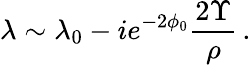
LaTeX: \lambda\sim\lambda_{0}-ie^{-2\phi_{0}}\frac{2\Upsilon}{\rho}\, .